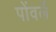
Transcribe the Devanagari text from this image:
पोंवर्ले